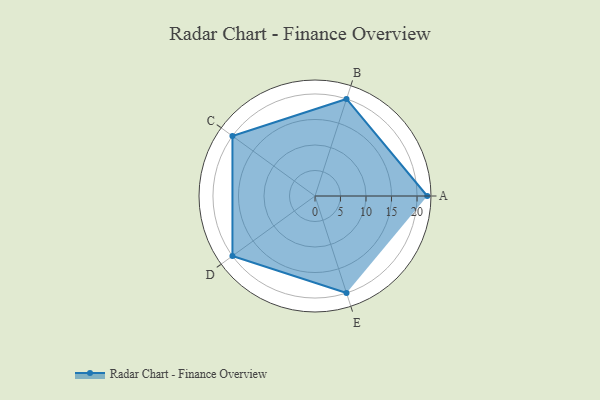
{"axis": {"x": "Skill", "y": "Score"}, "legend": ["Profile"], "data": [{"x": "A", "y": 22.0, "type": "Profile"}, {"x": "B", "y": 20, "type": "Profile"}, {"x": "C", "y": 20, "type": "Profile"}, {"x": "D", "y": 20, "type": "Profile"}, {"x": "E", "y": 20, "type": "Profile"}]}